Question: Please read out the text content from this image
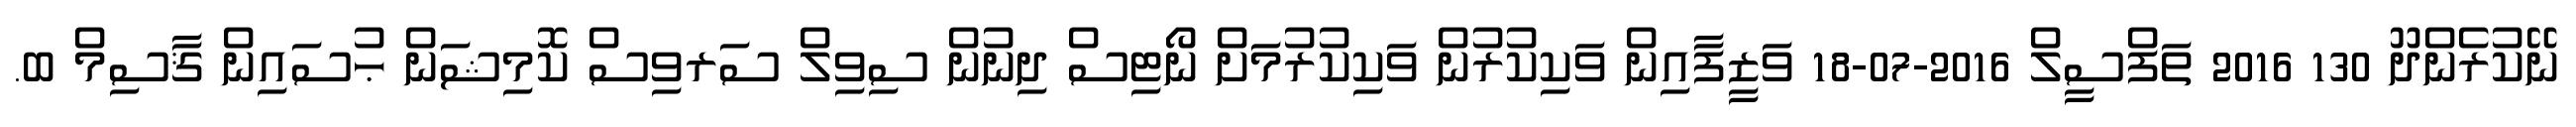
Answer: ނޭކުރެންދޫ 130 2016 ތަފްސީލް 2016-07-18 ވަޒީފާއިން ވަކިކުރުން ވަކިކުރުމަށް ނޯޓިސް ދިނުން ސިވިލް ސަރވިސް ކޮމިޝަން ޙުސައިން ޤާސިމް ބ.